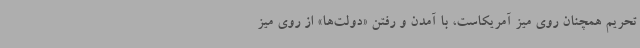
تحریم همچنان روی میز آمریکاست، با آمدن و رفتن «دولت‌ها» از روی میز